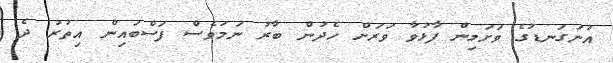
އުނަގަނޑުގެ ވަށަމިން ފާޅުވާ ވަރަށް ހެދުން ބާރު ނަމަވެސް ފަސްބައިން އިތުރު ދެ